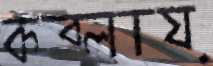
কব্‌লায়